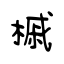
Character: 槭